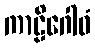
ကာဠိဂေါဓံ